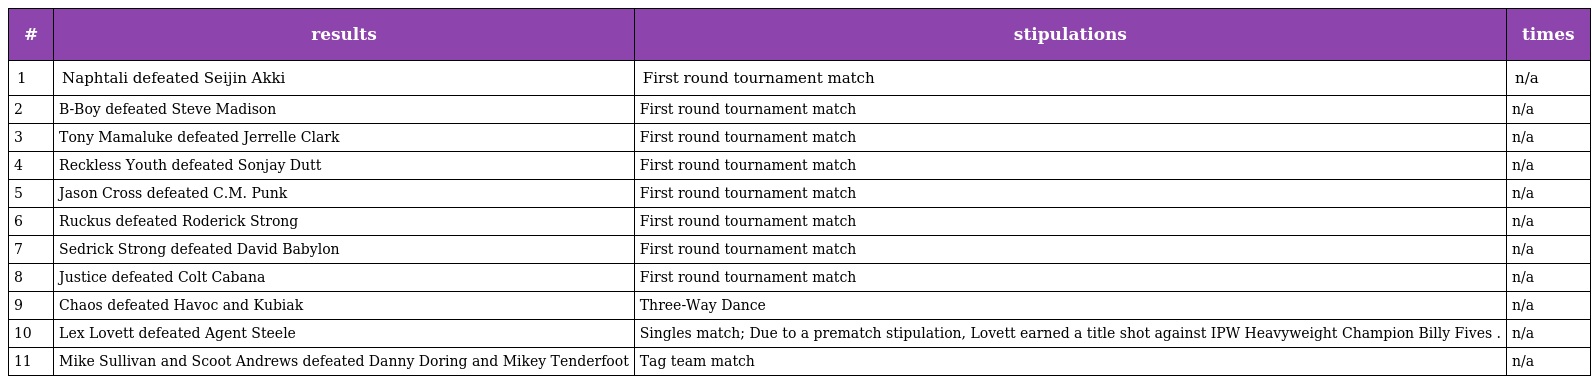
| # | results | stipulations | times |
 | --- | --- | --- | --- |
 | 1 | Naphtali defeated Seijin Akki | First round tournament match | n/a |
 | 2 | B-Boy defeated Steve Madison | First round tournament match | n/a |
 | 3 | Tony Mamaluke defeated Jerrelle Clark | First round tournament match | n/a |
 | 4 | Reckless Youth defeated Sonjay Dutt | First round tournament match | n/a |
 | 5 | Jason Cross defeated C.M. Punk | First round tournament match | n/a |
 | 6 | Ruckus defeated Roderick Strong | First round tournament match | n/a |
 | 7 | Sedrick Strong defeated David Babylon | First round tournament match | n/a |
 | 8 | Justice defeated Colt Cabana | First round tournament match | n/a |
 | 9 | Chaos defeated Havoc and Kubiak | Three-Way Dance | n/a |
 | 10 | Lex Lovett defeated Agent Steele | Singles match; Due to a prematch stipulation, Lovett earned a title shot against IPW Heavyweight Champion Billy Fives . | n/a |
 | 11 | Mike Sullivan and Scoot Andrews defeated Danny Doring and Mikey Tenderfoot | Tag team match | n/a |